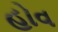
હોવ